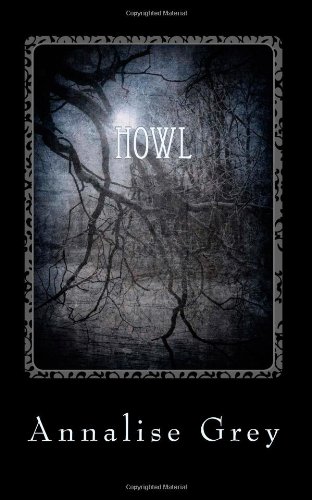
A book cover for Howl (Kane Wolves) (Volume 1); Annalise Grey; Science Fiction & Fantasy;